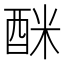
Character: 𮠩